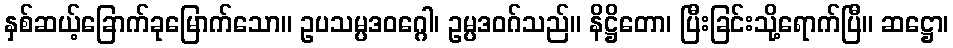
နှစ်ဆယ့်ခြောက်ခုမြောက်သော။ ဥပသမ္ပဒဝဂ္ဂေါ၊ ဥမ္ပဒဝဂ်သည်။ နိဋ္ဌိတော၊ ပြီးခြင်းသို့ရောက်ပြီ။ ဆဋ္ဌော၊